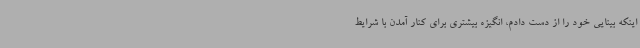
اینکه بینایی خود را از دست دادم، انگیزه بیشتری برای کنار آمدن با شرایط